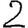
Digit: 2